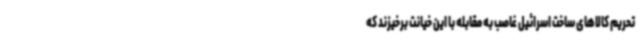
تحریم کالاهای ساخت اسرائیل غاصب به مقابله با این خیانت برخیزند که